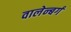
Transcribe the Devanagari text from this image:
वालेन्बर्ग